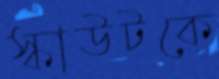
স্কাউটকে